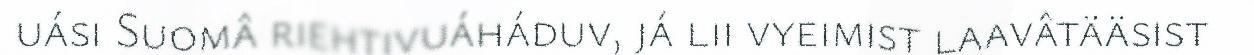
uási Suomâ riehtivuáháduv, já lii vyeimist laavâtääsist